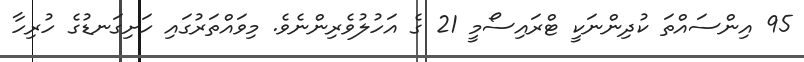
95 އިންސައްތަ ކުދިންނަކީ ޓްރައިސޯމީ 21 ގެ އަހުލުވެރިންނެވެ. މިވައްތަރުގައި ހަށިގަނޑުގެ ހުރިހާ